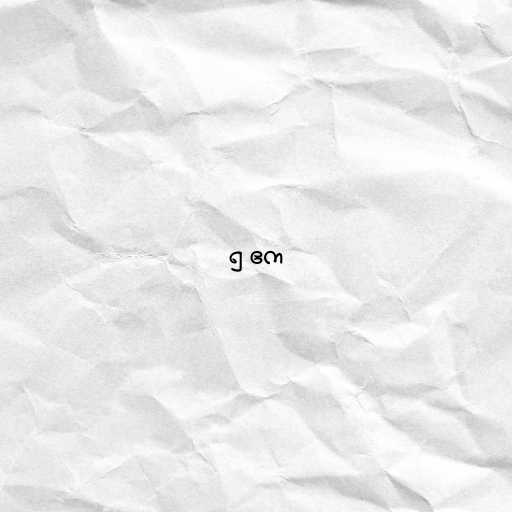
၅ ဧက